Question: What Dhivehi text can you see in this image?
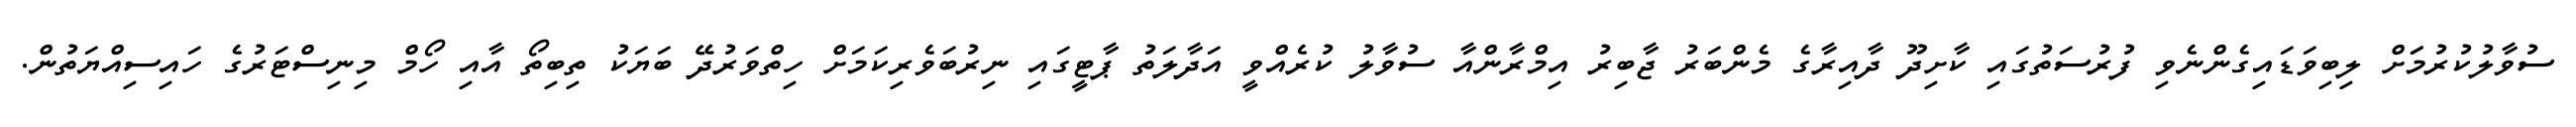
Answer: ސުވާލުކުރުމަަށް ލިބިވަޑައިގެންނެވި ފުރުސަތުގައި ކާށިދޫ ދާއިރާގެ މެންބަރު ޖާބިރު އިމްރާންއާ ސުވާލު ކުރެއްވީ އަދާލަތު ޕާޓީގައި ނިރުބަވެރިކަމަށް ހިތްވަރުދޭ ބަޔަކު ތިބިތޯ އާއި ހޯމް މިނިސްޓަރުގެ ހައިސިއްޔަތުން.